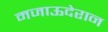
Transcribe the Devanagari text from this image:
मजाऊदेरान